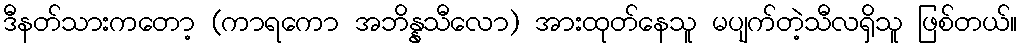
ဒီနတ်သားကတော့ (ကာရကော အဘိန္နသီလော) အားထုတ်နေသူ မပျက်တဲ့သီလရှိသူ ဖြစ်တယ်။